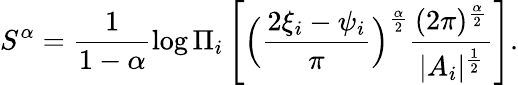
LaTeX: S^{\alpha}=\frac{1}{1-\alpha}\log\Pi_{i}\left[\Big(\frac{2\xi_{i}-\psi_{i}}{\pi}\Big)^{\frac{\alpha}{2}}\frac{(2\pi)^{\frac{\alpha}{2}}}{|A_{i}|^{\frac{1}{2}}}\right].